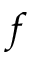
\b f